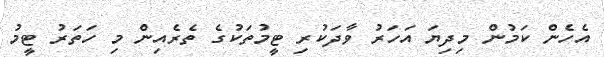
އެހެން ކަމުން މިދިޔަ އަހަރު ވާދަކުރި ޓީމުތަކުގެ ތެރެއިން މި ހަތަރު ޓީމު